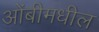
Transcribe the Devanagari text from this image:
ओंबीमधील